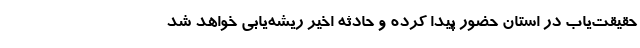
حقیقت‌یاب در استان حضور پیدا کرده و حادثه اخیر ریشه‌یابی خواهد شد